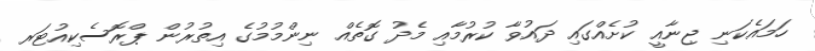
ހަމައެކަނި ޖިނާއީ ކުށެއްގައި ދައުވާ ކުރުމާއި މެދު ގޮތެއް ނިންމުމުގެ އިތުރުން ޕްރޮސެކިއުޓަރ